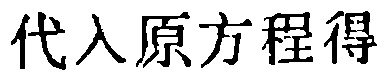
代入原方程得